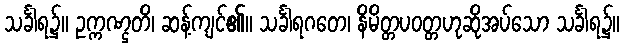
သင်္ခါရ၌။ ဥက္ကဏ္ဌတိ၊ ဆန့်ကျင်၏။ သင်္ခါရဂတေ၊ နိမိတ္တပဝတ္တဟုဆိုအပ်သော သင်္ခါရ၌။